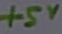
Text: +5V